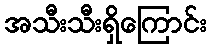
အသီးသီးရှိကြောင်း